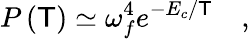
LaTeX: P\left(\mathsf{T}\right)\simeq\omega_{f}^{4}e^{-E_{c}/\mathsf{T}}\quad,